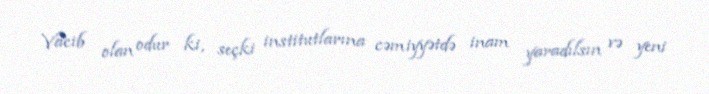
Vacib olan odur ki, seçki institutlarına cəmiyyətdə inam yaradılsın və yeni